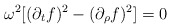
\begin{align*}\omega^2 [ (\partial_t f)^2 - (\partial_\rho f)^2 ] = 0\end{align*}